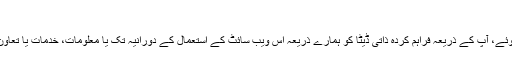
ذخیرہ کاری کا دورانیہ
GDPR کے بنیادی اصولوں یا اجازت یافتہ حد تک قابل اطلاق قانون کو مدنظر رکھتے ہوئے، آپ کے ذریعہ فراہم کردہ ذاتی ڈیٹا کو ہمارے ذریعہ اس ویب سائٹ کے استعمال کے دورانیہ تک یا معلومات، خدمات یا تعاون کے التزام کی صورت میں قانونی طور پر ذخیرہ کاری کے وقفہ تک ذخیرہ کیا جائے گا۔